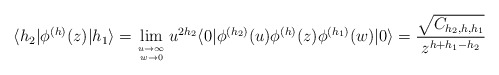
\begin{align*}\langle h_2 | \phi^{(h)} (z) | h_1 \rangle= \lim_{\rule{0mm}{1.7mm} u \rightarrow \infty \atop w \rightarrow 0} u^{2 h_2}\langle 0| \phi^{(h_2)}(u) \phi^{(h)} (z) \phi^{(h_1)} (w) |0\rangle= \frac{\sqrt{C_{h_2,h,h_1}}}{z^{h+h_1-h_2}}\end{align*}